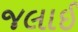
જલાઈ